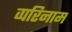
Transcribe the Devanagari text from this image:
व्परिनाम